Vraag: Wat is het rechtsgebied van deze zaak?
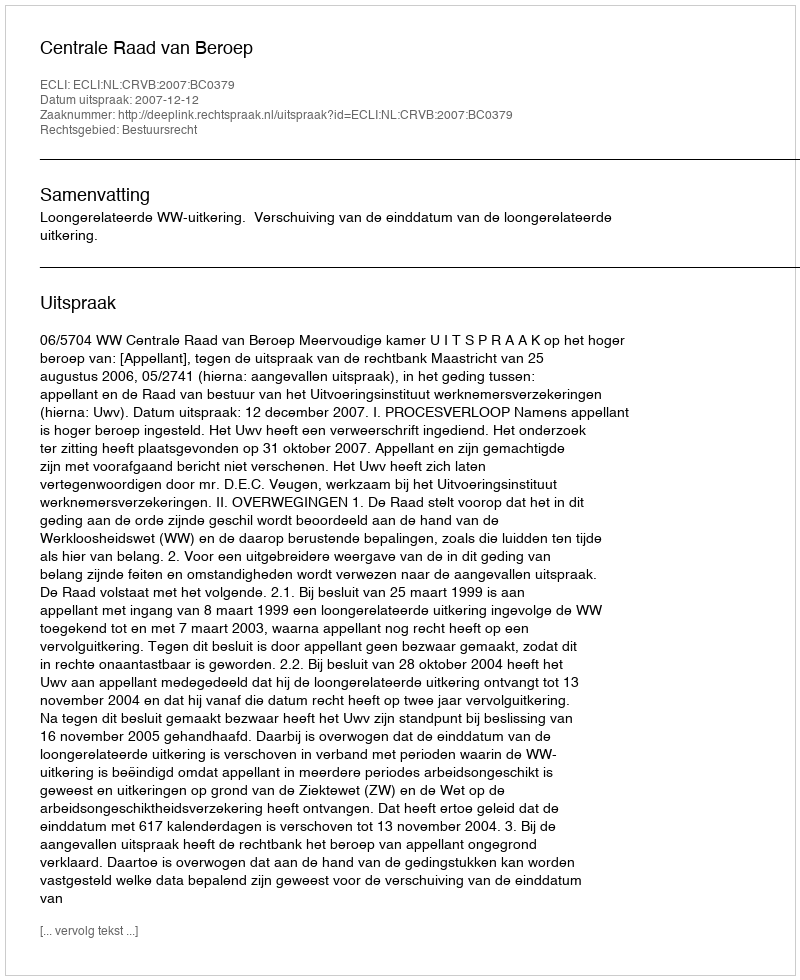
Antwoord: Bestuursrecht